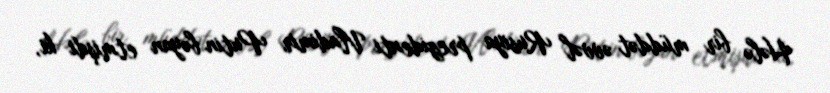
Hələ bir müddət əvvəl Rusiya prezidenti Vladimir Putin bəyan etmişdi ki,